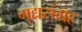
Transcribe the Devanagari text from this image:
गद्यसंग्रह